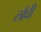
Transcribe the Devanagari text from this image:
लाँघी